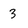
Character: 3